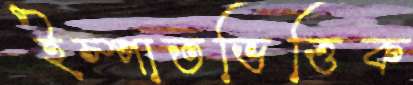
ইস্পাতভিত্তিক